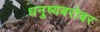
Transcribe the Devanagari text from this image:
धनुष्यबरोबर